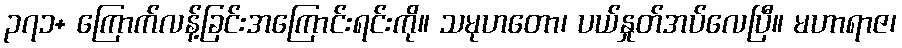
၃၇၁+ ကြောက်လန့်ခြင်းအကြောင်းရင်းကို။ သမုဟတော၊ ပယ်နှုတ်အပ်လေပြီ။ မဟာရာဇ၊